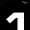
Digit: 1